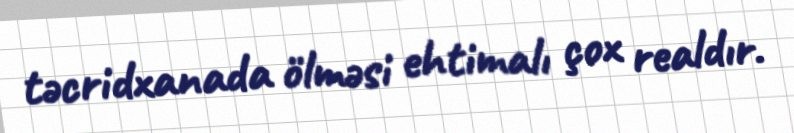
təcridxanada ölməsi ehtimalı çox realdır.